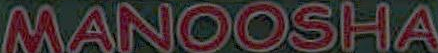
MANOOSHA